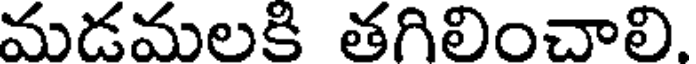
మడమలకి తగిలించాలి.